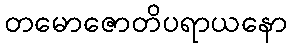
တမောဇောတိပရာယနော